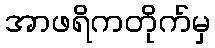
အာဖရိကတိုက်မှ